Civil Veterinary Dept. Bombay admin report 1932-41 - 1932-1941
Year: 1932
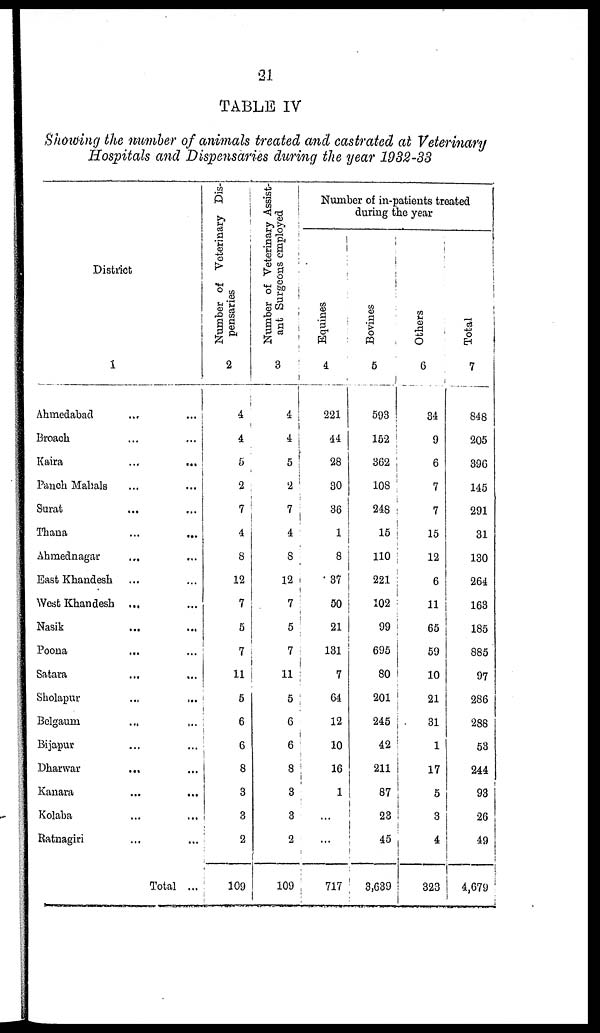
21
TABLE IV
Showing the number of animals treated and castrated at Veterinary
Hospitals and Dispensaries during the year 1932-33
District
1
Ahmedabad ... ...
Broach ... ...
Kaira ... ...
Panch Mahals ... ...
Surat ... ...
Thana ... ...
Ahmednagar
... ...
East Khandesh
West Khandesh ...
Nasik ... ...
Poona ... ...
Satara ... ...
Sholapur
... ...
Belgaum
... ...
Bijapur ... ...
Dharwar ... ...
Kanara ... ...
Kolaba ... ...
Ratnagiri ... ...
Total ...
Number of Veterinary Dis-
pensaries
2
4
4
5
2
7
4
8
12
7
5
7
11
5
6
6
8
3
3
2
109
Number of Veterinary Assist-
ant Surgeons employed
3
4
4
5
2
7
4
8
12
7
5
7
11
5
6
6
8
3
3
2
109
Number of in-patients treated
during the year
Equines
4
221
44
28
30
36
1
8
37
50
21
131
7
64
12
10
16
1
...
...
717
Bovines
6
593
152
362
108
248
15
110
221
102
99
695
80
201
245
42
211
87
23
45
3,639
Others
6
34
9
6
7
7
15
12
6
11
65
59
10
21
31
1
17
5
3
4
323
Tot al
7
848
205
396
145
291
31
130
264
163
185
885
97
286
288
53
244
93
26
49
4,679